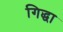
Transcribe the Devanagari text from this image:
गिद्धा